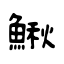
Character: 鰍